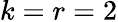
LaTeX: k=r=2